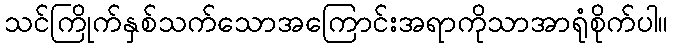
သင်ကြိုက်နှစ်သက်သောအကြောင်းအရာကိုသာအာရုံစိုက်ပါ။